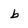
Character: b